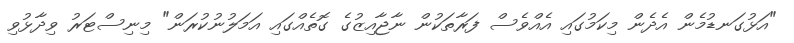
"އަޅުގަނޑުމެން އެދެން މިކަމުގައި އެއްވެސް ފަރާތަކުން ނާޖާއިޒުގެ ގޮތެއްގައި އަމަލުނުކުރަން" މިނިސްޓަރު ވިދާޅުވި